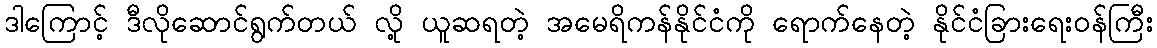
ဒါကြောင့် ဒီလိုဆောင်ရွက်တယ် လို့ ယူဆရတဲ့ အမေရိကန်နိုင်ငံကို ရောက်နေတဲ့ နိုင်ငံခြားရေးဝန်ကြီး